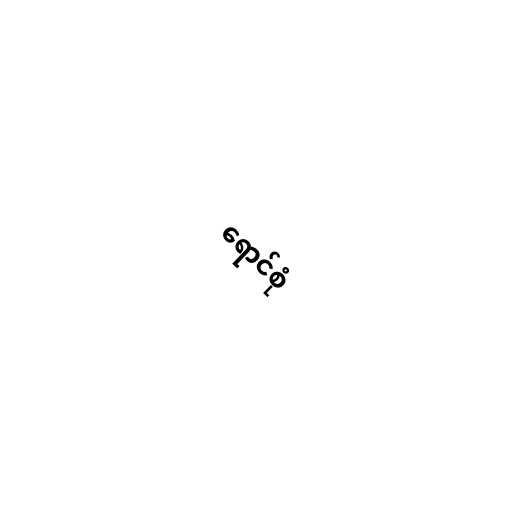
ရောင်စုံ